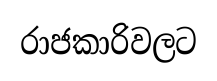
රාජකාරිවලට